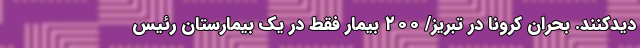
دیدکنند. بحران کرونا در تبریز/ ۲۰۰ بیمار فقط در یک بیمارستان رئیس